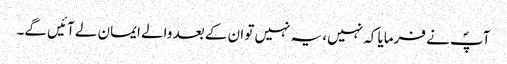
آپؐ نے فرمایا کہ نہیں، یہ نہیں تو ان کے بعد والے ایمان لے آئیں گے۔